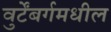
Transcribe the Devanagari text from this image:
वुर्टेंबर्गमधील